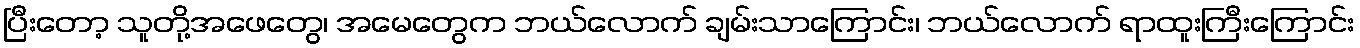
ပြီးတော့ သူတို့အဖေတွေ၊ အမေတွေက ဘယ်လောက် ချမ်းသာကြောင်း၊ ဘယ်လောက် ရာထူးကြီးကြောင်း